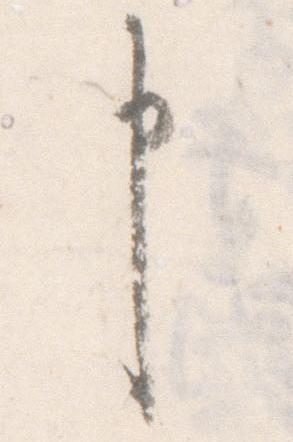
申